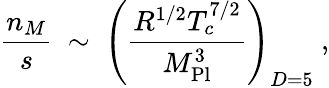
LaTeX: \frac{n_{M}}{s}~\sim~\left(\frac{R^{1/2}T_{c}^{7/2}}{M_{\mathrm{Pl}}^{3}}\right)_{D=5}~,